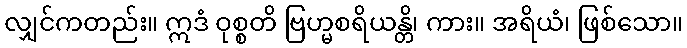
လျှင်ကတည်း။ ဣဒံ ဝုစ္စတိ ဗြဟ္မစရိယန္တိ၊ ကား။ အရိယံ၊ ဖြစ်သော။